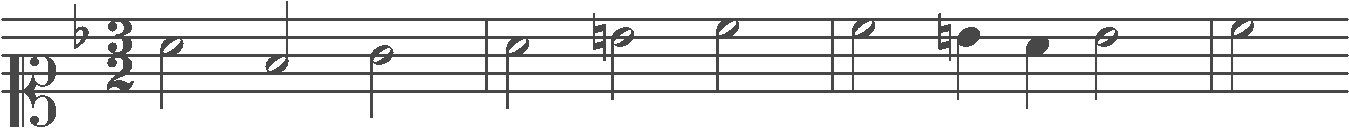
Transcription: clef-C1 keySignature-FM timeSignature-3/2 note-A4_half note-F4_half note-G4_half barline note-A4_half note-B4_half note-C5_half barline note-C5_half note-B4_quarter note-A4_quarter note-Bb4_half barline note-C5_half